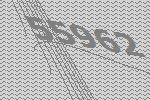
55962